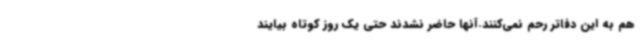
هم به این دفاتر رحم نمی‌کنند.آنها حاضر نشدند حتی یک روز کوتاه بیایند